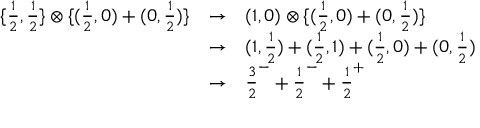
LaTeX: \begin{array} { l l l } { { \{ { \frac { 1 } { 2 } } , { \frac { 1 } { 2 } } \} \otimes \{ ( { \frac { 1 } { 2 } } , 0 ) + ( 0 , { \frac { 1 } { 2 } } ) \} } } & { { \rightarrow } } & { { ( 1 , 0 ) \otimes \{ ( { \frac { 1 } { 2 } } , 0 ) + ( 0 , { \frac { 1 } { 2 } } ) \} } } \\ { { } } & { { \rightarrow } } & { { ( 1 , { \frac { 1 } { 2 } } ) + ( { \frac { 1 } { 2 } } , 1 ) + ( { \frac { 1 } { 2 } } , 0 ) + ( 0 , { \frac { 1 } { 2 } } ) } } \\ { { } } & { { \rightarrow } } & { { { \frac { 3 } { 2 } } ^ { - } + { \frac { 1 } { 2 } } ^ { - } + { \frac { 1 } { 2 } } ^ { + } } } \end{array}